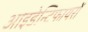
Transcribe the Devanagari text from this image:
आइडेन्टिफायरों